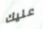
عليك